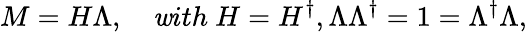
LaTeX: M=H\Lambda,\quad\mathit{w}ith\ H=H^{\dagger},\Lambda\Lambda^{\dagger}=1=\Lambda^{\dagger}\Lambda,